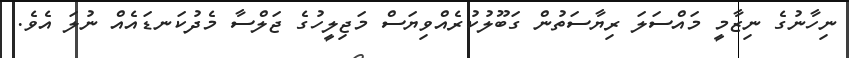
ނިހާނުގެ ނިޒާމީ މައްސަލަ ރިޔާސަތުން ގަބޫލުކުރެއްވިޔަސް މަޖިލީހުގެ ޖަލްސާ މެދުކަނޑައެއް ނުލަ އެވެ.